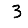
Digit: 3